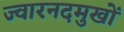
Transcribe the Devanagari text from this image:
ज्वारनदमुखों